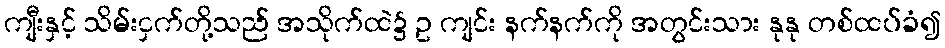
ကျီးနှင့် သိမ်းငှက်တို့သည် အသိုက်ထဲ၌ ဥ ကျင်း နက်နက်ကို အတွင်းသား နုနု တစ်ထပ်ခံ၍